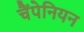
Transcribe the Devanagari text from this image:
चैंपेनियन